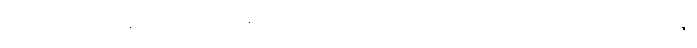
ဂလင်း ဘာမှန်းမသိခဲ့ ဆီးချိုပမာဏကို အမျိုးသားရေးဝါဒသည် မိုင်အိုက်မုန့်